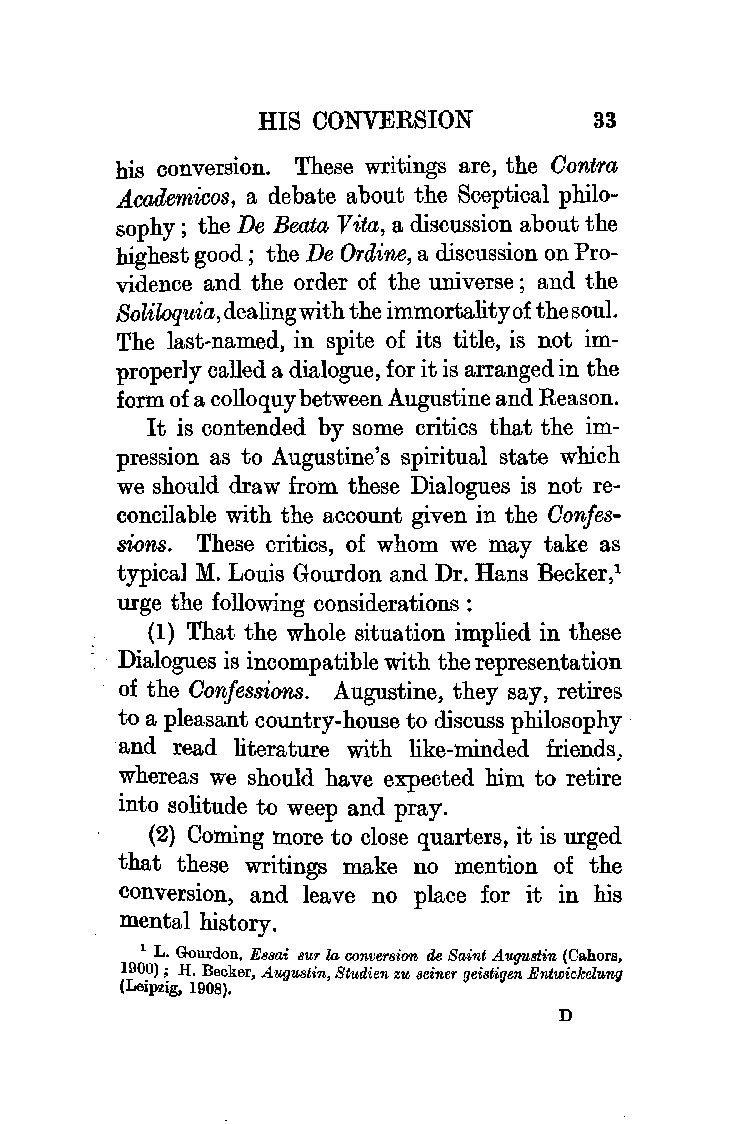
HIS CONVERSION        33
 his conversion. These writings are, the Contra
 Academicos, a debate about the Sceptical philo
 sophy; the De Beata Vita, a discussion about the
 highest good ; the De Ordine, a discussion on Pro
 vidence and the order of the universe ; and the
 Soliloquia, dealing with the immortality of the soul.
 The last-named, in spite of its title, is not im
 properly called a dialogue, for it is arranged in the
 form of a colloquy between Augustine and Reason.
 It is contended by some critics that the im
 pression as to Augustine's spiritual state which
 we should draw from these Dialogues is not re
 concilable with the account given in the Confe s
 sions. These critics, of whom we may take as
 typical M. Louis Gourd on and Dr. Hans Becker ,1
 urge the following considerations :
 (1) That the whole situation implied in these
 Dialogues is incompatible with the representation
 of the Confessions. Augustine, they say, retires
 to a pleasant country-house to discuss philosophy ·
 and read literature with like-minded friends:
 whereas we should have expected him to retire
 into solitude to weep and pray.
 (2) Coming more to close quarters, it is urged
 that these writings make no mention of the
 conversion, and leave no place for it in his
 mental history.
 1 L. Gourdon, Essai sur la conversion de Saint Augustin (Cahors,
 190~) ~ H. Becker, Augustin, Studien zu seiner geistigen Entwickelung
 (Le1pz1g, 1908).
 D